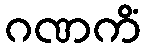
ဂဏကိံ